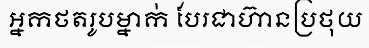
អ្នកថតរូបម្នាក់ បែរជាហ៊ានប្រថុយ